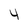
Character: 4